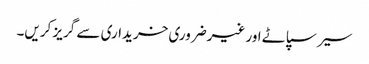
سیر سپاٹے اور غیرضروری خریداری سے گریز کریں۔